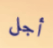
أجل